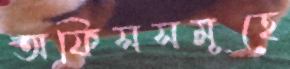
অফিসসমূহে